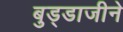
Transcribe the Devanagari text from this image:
बुड्डाजीने